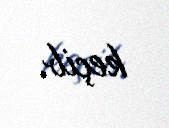
keçib.